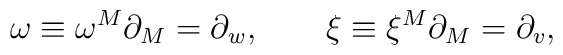
\omega\equiv\omega^M\partial_M=\partial_w, \qquad\xi\equiv\xi^M\partial_M=\partial_v,